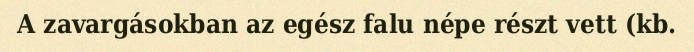
A zavargásokban az egész falu népe részt vett (kb.